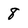
Character: 8